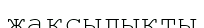
жақсылықты